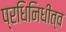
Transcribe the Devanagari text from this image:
प्रधिनिधीत्व